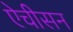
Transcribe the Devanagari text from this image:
ऐचीसन